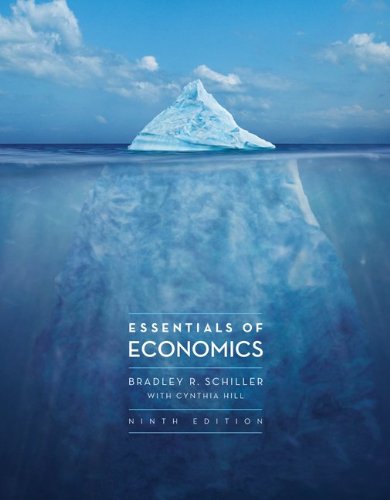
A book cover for Essentials of Economics, 9th Edition; Bradley Schiller; Business & Money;